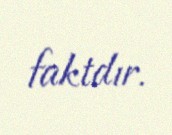
faktdır.